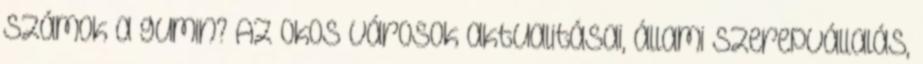
számok a gumin? Az okos városok aktualitásai, állami szerepvállalás,